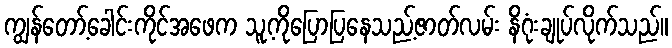
ကျွန်တော့်ခေါင်းကိုင်အဖေက သူ့ကိုပြောပြနေသည့်ဇာတ်လမ်း နိဂုံးချုပ်လိုက်သည်။